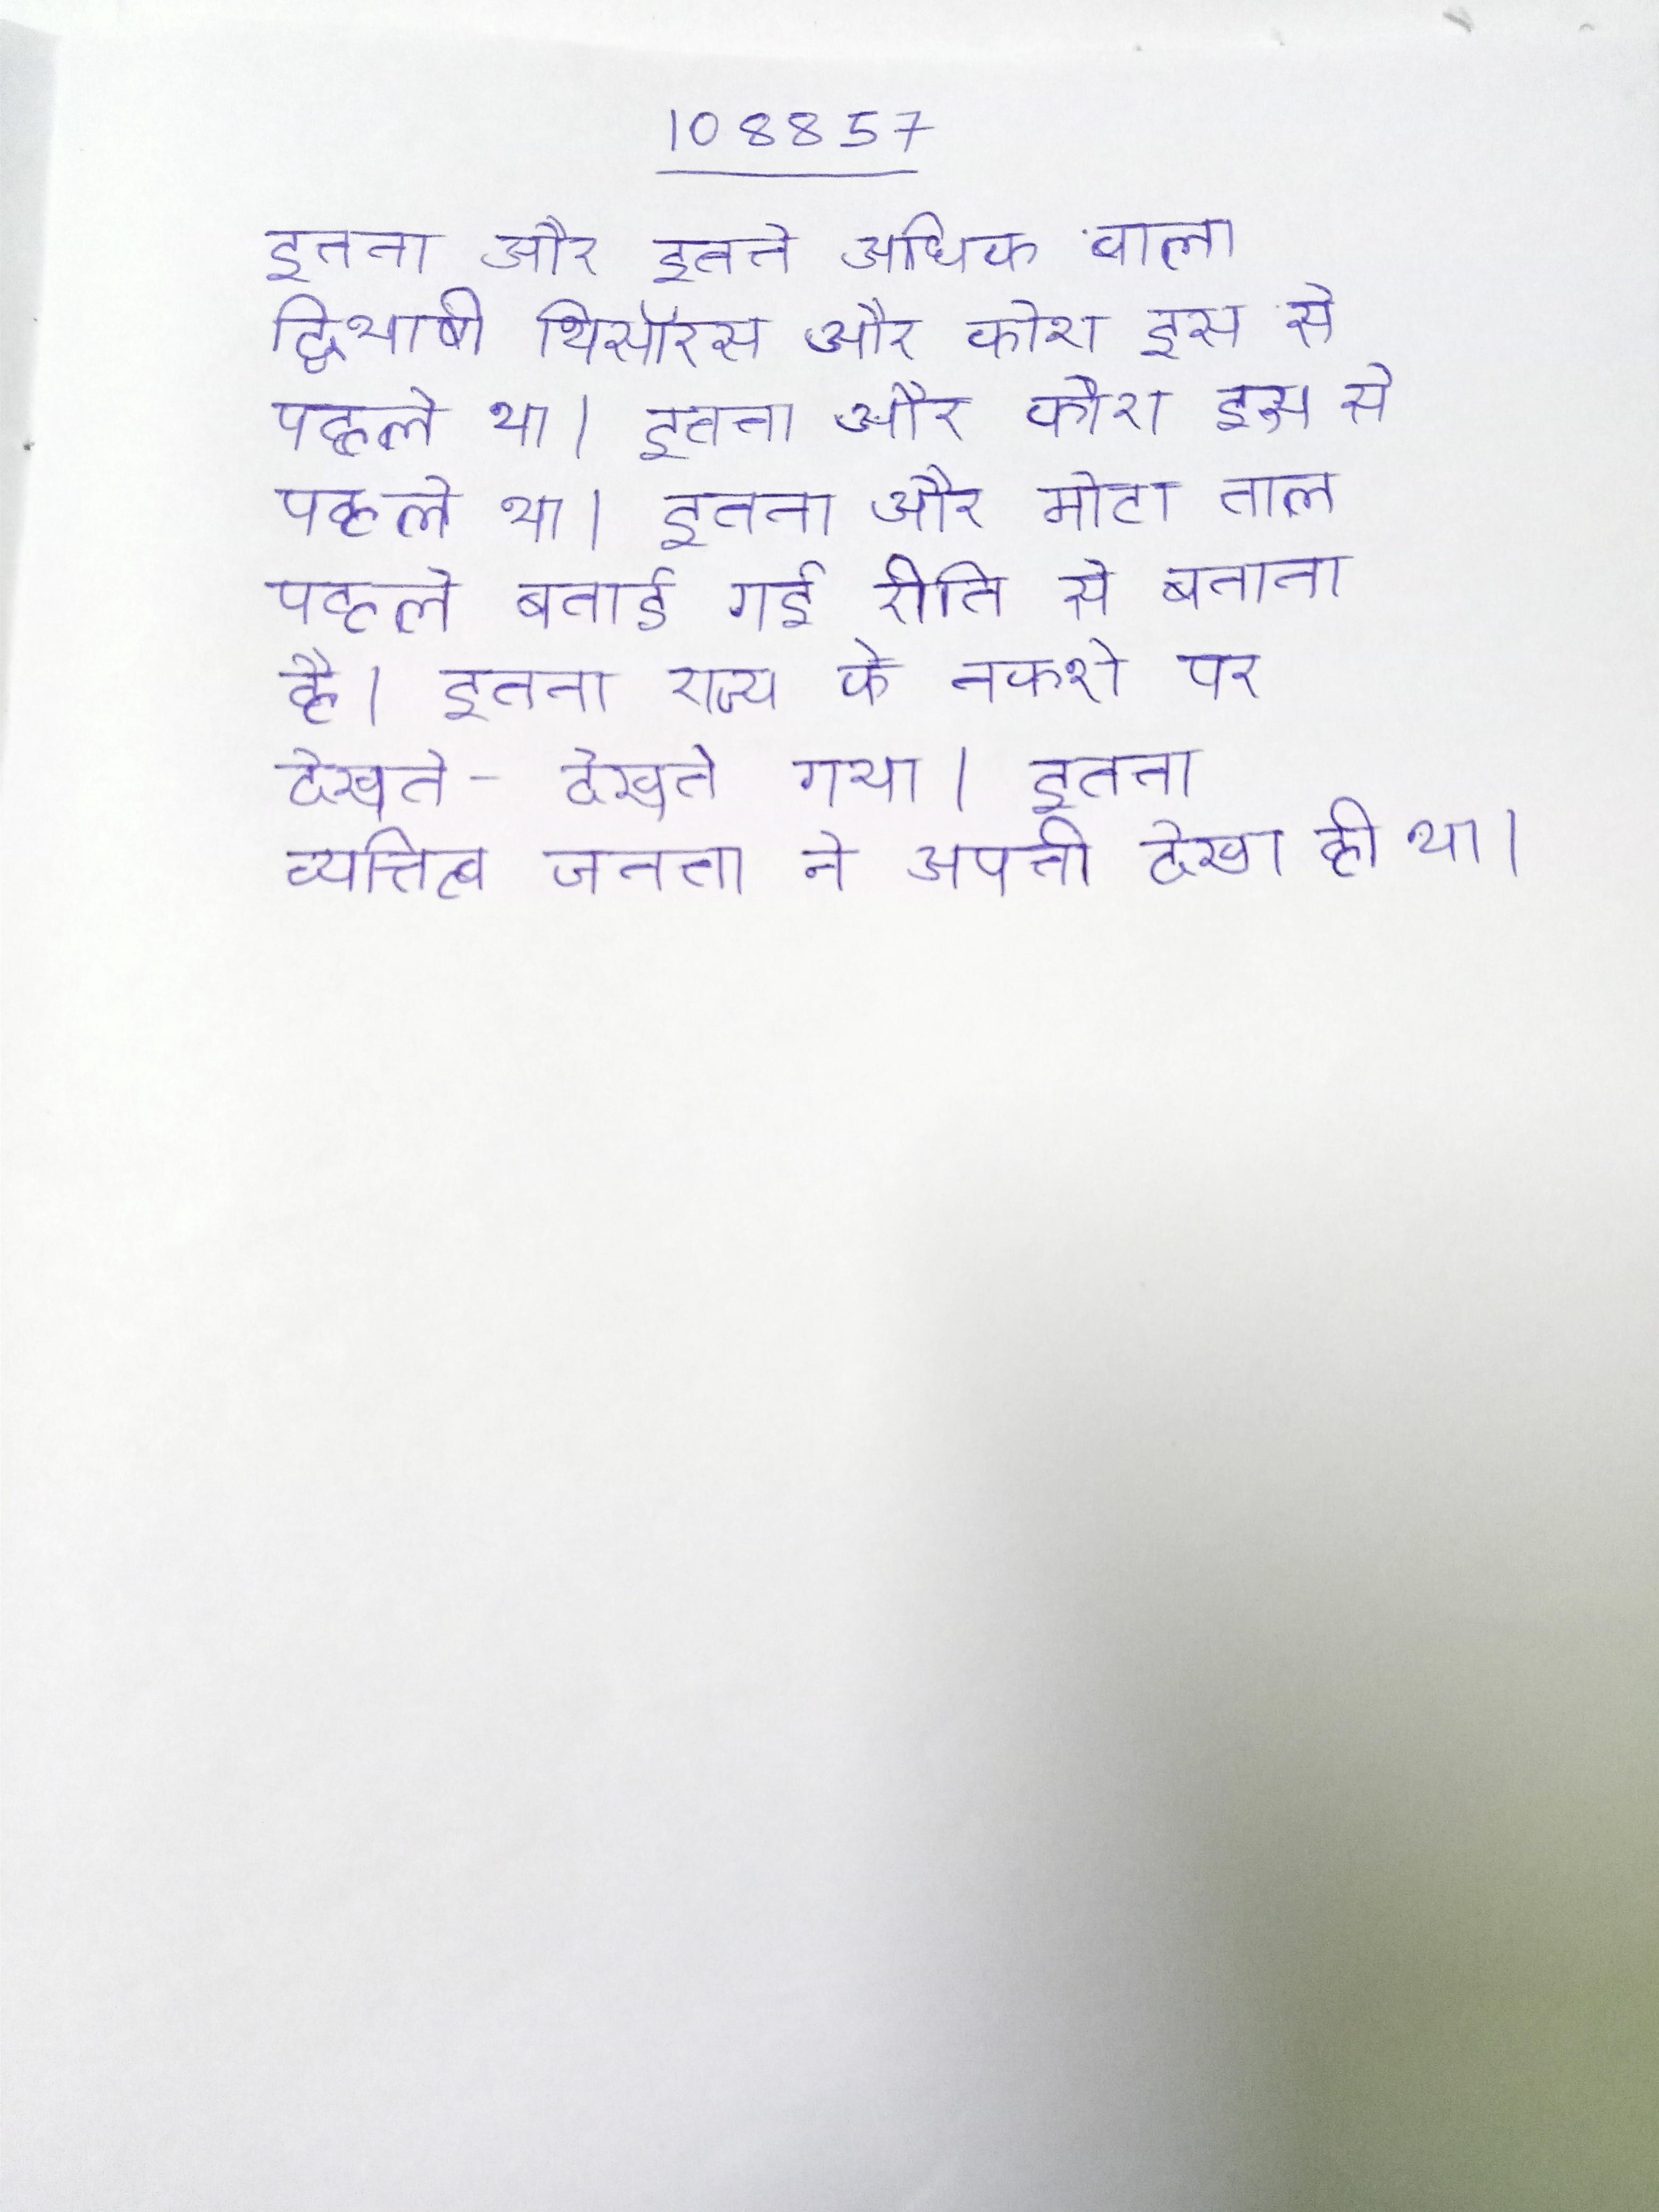
इतना और इतने अधिक वाला द्विभाषी थिसॉरस और कोश इस से पहले था । इतना और मोटा ताल पहले बताई गई रीति से बनाना है । इतना राज्य के नक्शे पर देखते-देखते गया । इतना व्यक्तित्व जनता ने अपनी देखा ही था ।